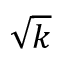
\sqrt { k }